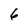
Character: 6